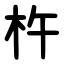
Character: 杵